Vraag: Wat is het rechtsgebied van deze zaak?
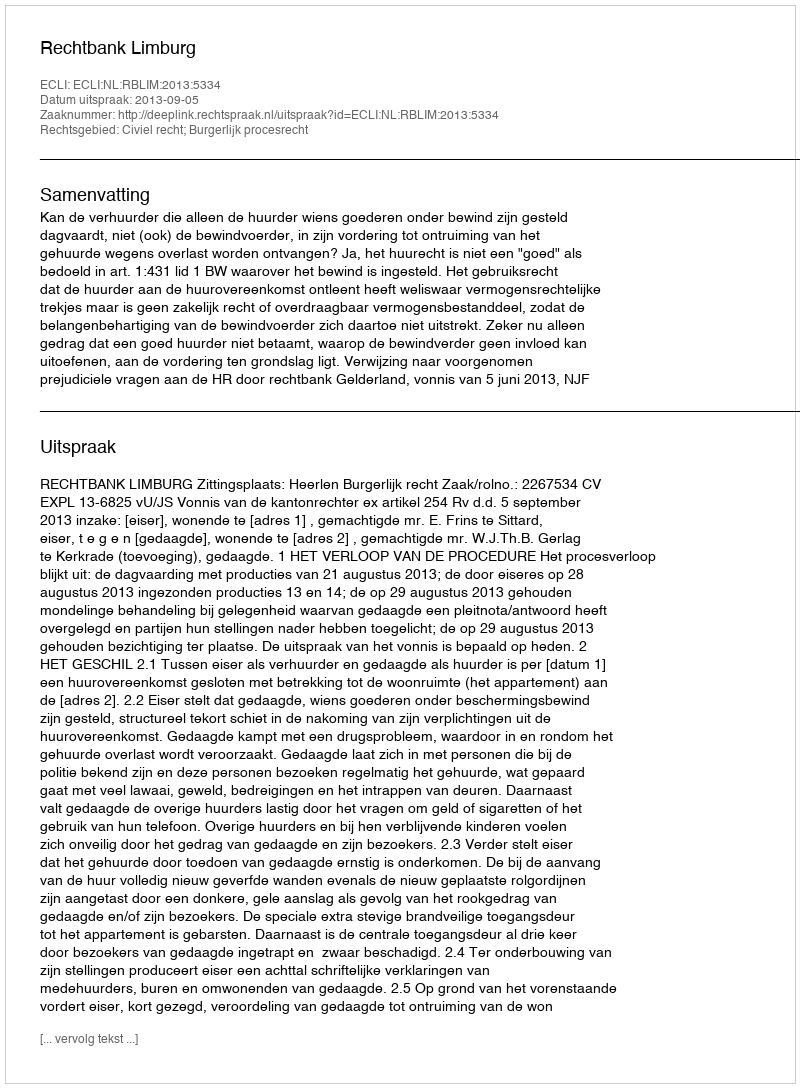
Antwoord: Civiel recht; Burgerlijk procesrecht